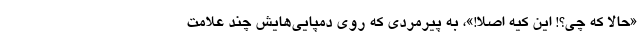
«حالا که چی؟! این کیه اصلاً!»، به پیرمردی که روی دمپایی‌هایش چند علامت